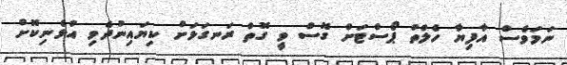
ނަމަވެސް އާފިޔާ ހެލްތު ޕޯސްޓަށް ގޮސް ވީ ގޮތް ރަނގަޅަށް ކިޔައިނުދެވި އުޅެނިކޮށް